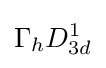
\Gamma _{h}D_{3d}^{1}